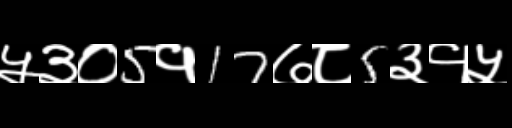
Text: ५३०5१17७८5३१५